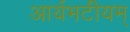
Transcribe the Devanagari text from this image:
आर्यभटीयम्‌